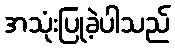
အသုံးပြုခဲ့ပါသည်